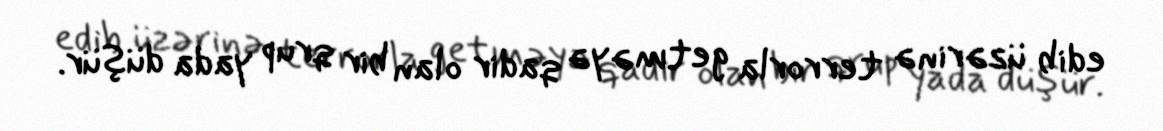
edib üzərinə terrorla getməyə qadir olan bir qrup yada düşür.